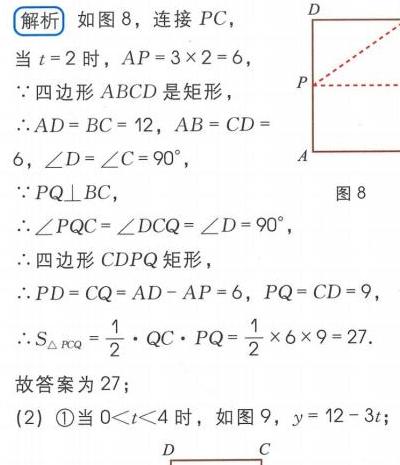
解析 如图8，连接$PC$，
当$t = 2$时，$AP = 3\times2 = 6$，
$\because$四边形$ABCD$是矩形，
$\therefore AD = BC = 12$，$AB = CD = 6$，$\angle D=\angle C = 90^{\circ}$，
$\because PQ\perp BC$，
$\therefore\angle PQC=\angle DCQ=\angle D = 90^{\circ}$，
$\therefore$四边形$CDPQ$矩形，
$\therefore PD = CQ = AD - AP = 6$，$PQ = CD = 9$，
$\therefore S_{\triangle PCQ}=\frac{1}{2}\cdot QC\cdot PQ=\frac{1}{2}\times6\times9 = 27$.
故答案为27；
(2) \textcircled{1}当$0<t<4$时，如图9，$y = 12 - 3t$；